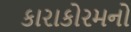
કારાકોરમનો